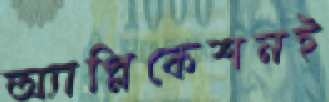
অ্যাপ্লিকেশনই